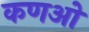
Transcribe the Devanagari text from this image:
कणओ